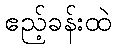
ဧည့်ခန်းထဲ